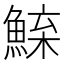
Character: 𫙢